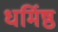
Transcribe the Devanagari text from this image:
धर्मिष्ठ